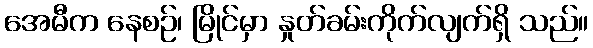
အေမီက နေစဉ်၊ မြိုင်မှာ နှုတ်ခမ်းကိုက်လျက်ရှိ သည်။